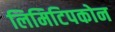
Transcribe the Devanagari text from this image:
लिमिटिपकोन